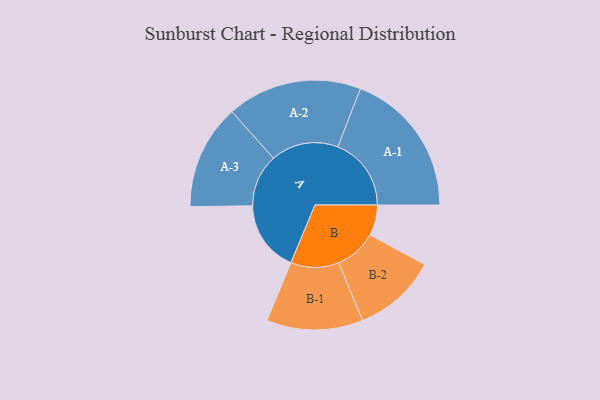
{"axis": {"x": "Segment", "y": "Value"}, "legend": ["", "A", "B"], "data": [{"x": "A", "y": 262, "type": ""}, {"x": "B", "y": 112, "type": ""}, {"x": "A-1", "y": 270, "type": "A"}, {"x": "A-2", "y": 248, "type": "A"}, {"x": "A-3", "y": 193, "type": "A"}, {"x": "B-1", "y": 177, "type": "B"}, {"x": "B-2", "y": 154, "type": "B"}]}